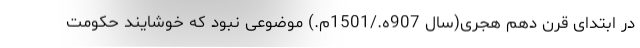
در ابتدای قرن دهم هجری(سال 907ه./1501م.) موضوعی نبود که خوشایند حکومت